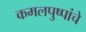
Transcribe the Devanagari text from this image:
कमलपुष्पांचे